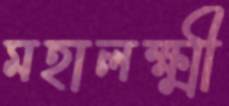
মহালক্ষ্মী